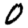
Digit: 0